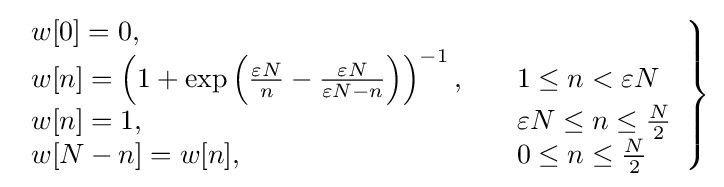
\left.{\begin{array}{lll}w[0]=0,\\w[n]=\left(1+\exp \left({\frac {\varepsilon N}{n}}-{\frac {\varepsilon N}{\varepsilon N-n}}\right)\right)^{-1},\quad &1\leq n<\varepsilon N\\w[n]=1,\quad &\varepsilon N\leq n\leq {\frac {N}{2}}\\w[N-n]=w[n],\quad &0\leq n\leq {\frac {N}{2}}\end{array}}\right\}